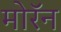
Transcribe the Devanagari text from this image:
मोरॅन